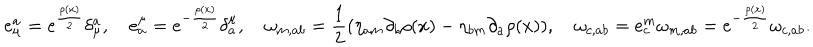
e _ { \mu } ^ { a } = e ^ { \frac { \rho ( x ) } { 2 } } \delta _ { \mu } ^ { a } , \quad e _ { a } ^ { \mu } = e ^ { - \frac { \rho ( x ) } { 2 } } \delta _ { a } ^ { \mu } , \quad \omega _ { m , a b } = \frac { 1 } { 2 } ( \eta _ { a m } \partial _ { b } \rho ( x ) - \eta _ { b m } \partial _ { a } \rho ( x ) ) , \quad \omega _ { c , a b } = e _ { c } ^ { m } \omega _ { m , a b } = e ^ { - \frac { \rho ( x ) } { 2 } } \omega _ { c , a b } .